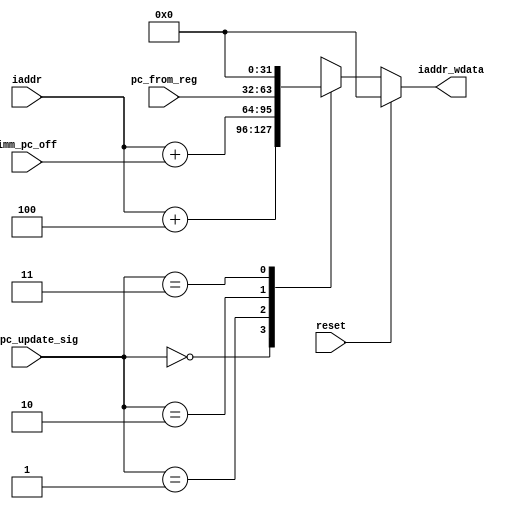
module mux_pc_update( input reset,
                     input [31:0] iaddr,
                     input [31:0] imm_pc_off,
                     input [31:0] pc_from_reg,
                     input [1:0] mux_pc_update_sig,
                     output [31:0] iaddr_wdata
                    );
    
//MUX to decide between sequential code flow / PC-rel-branch / jalr
    //Mux_pc_update
    //Inputs:
    //mux_pc_update_sig for deciding between the following:
    //1. pc + 4 -> seq update
    //2. pc + imm_pc_off -> pc rel offset
    //3. pc_from_reg -> using jalr direct update of pc
    
    //Output: iaddr_wdata - update to pc
    
    reg [31:0] iaddr_wdata;
    always@(* ) begin
        if(!reset) begin
        case ( mux_pc_update_sig)
            //Normal sequential update
            2'b00: iaddr_wdata = iaddr + 4;
            //Pc- relative update
            2'b01: iaddr_wdata = iaddr + imm_pc_off;
            //Update pc based on reg value after jalr instr.
            2'b10: iaddr_wdata = pc_from_reg;
            //Invalid
            2'b11: iaddr_wdata = 0; 
        endcase
        end
        else begin
            iaddr_wdata = 0;
        end
    end
endmodule